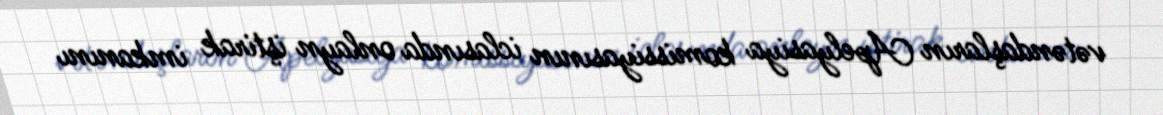
vətəndaşların Apelyasiya komissiyasının iclasında onlayn iştirak imkanını